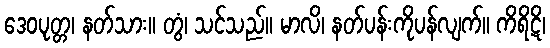
ဒေဝပုတ္တ၊ နတ်သား။ တွံ၊ သင်သည်။ မာလိ၊ နတ်ပန်းကိုပန်လျက်။ ကိရိဋိ၊